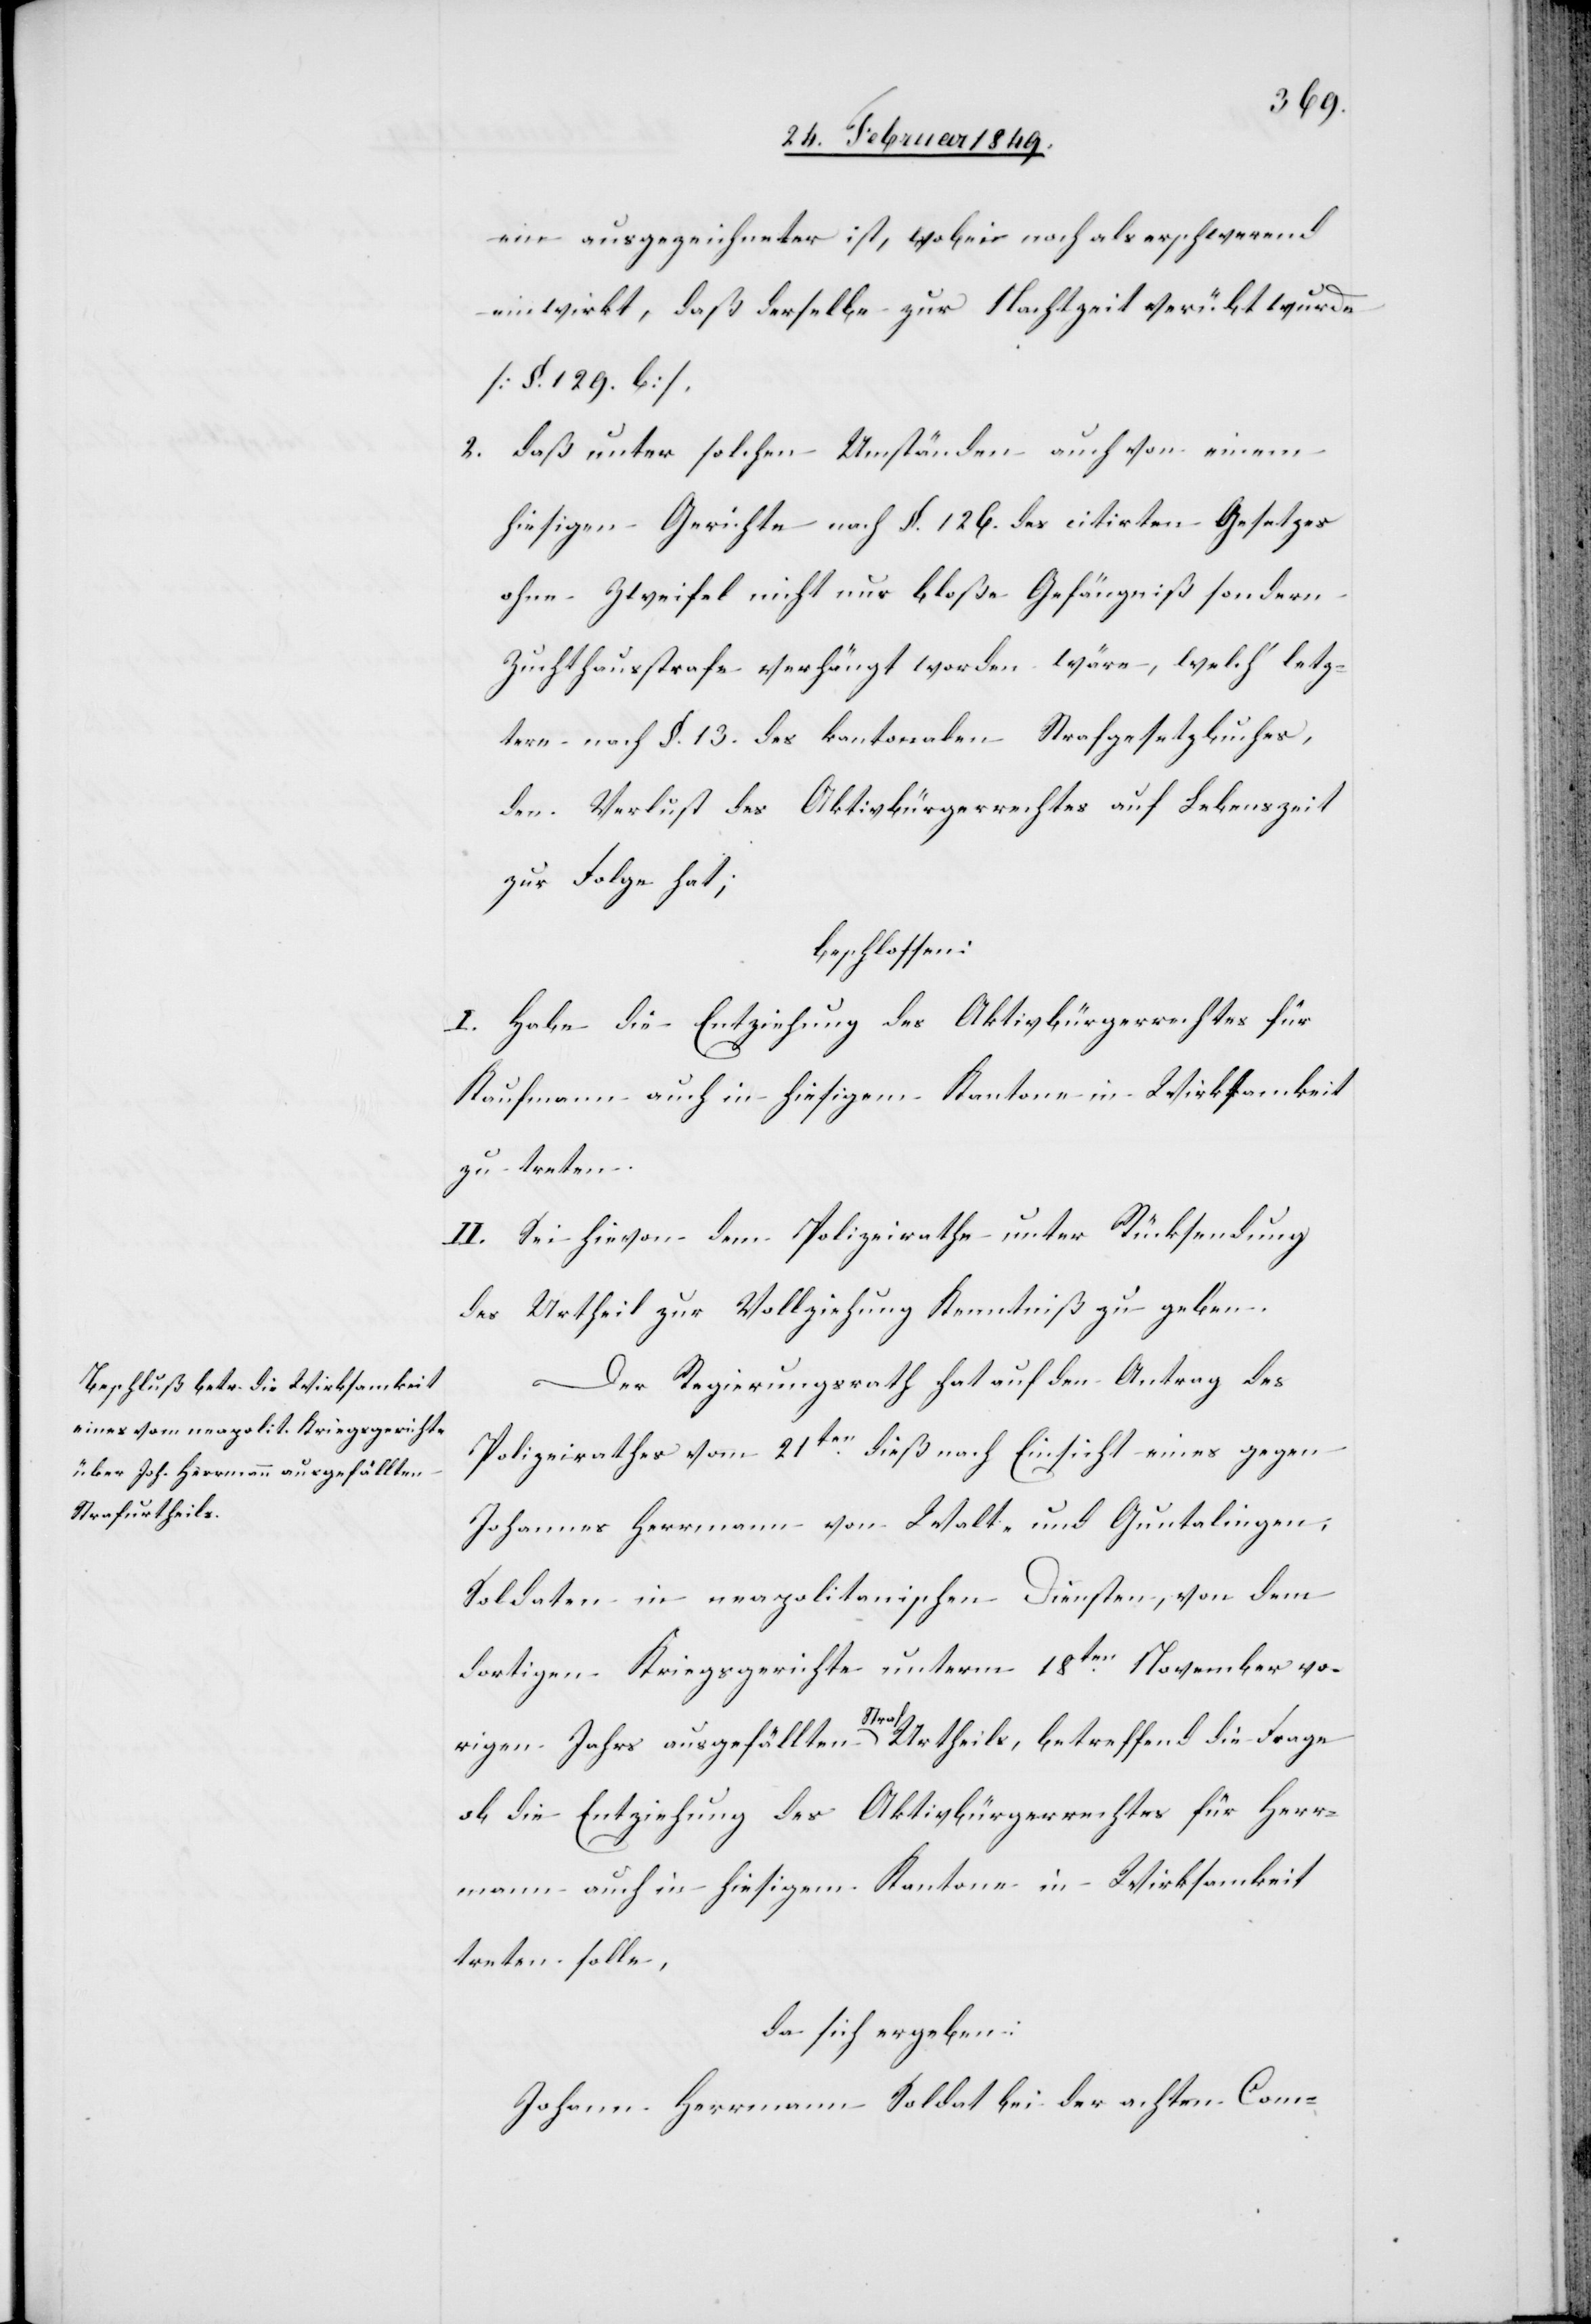
ein ausgezeichneter ist, wobei noch als erschwerend
einwirkt, daß derselbe zur Nachtzeit verübt wurde
[§. 129. b],
2. daß unter solchen Umständen auch von einem
hiesigen Gerichte nach §. 126. des citirten Gesetzes
ohne Zweifel nicht nur bloße Gefängniß sondern
Zuchthausstrafe verhängt worden wäre, welch’ letz¬
tere nach §. 13. des kantonalen Strafgesetzbuches,
den Verlust des Aktivbürgerrechtes auf Lebenszeit
zur Folge hat;
beschlossen:
I. Habe die Entziehung des Aktivbürgerrechtes für
Kaufmann auch in hiesigem Kantone in Wirksamkeit
zu treten.
II. Sei hievon dem Polizeirathe unter Rücksendung
des Urtheil[s] zur Vollziehung Kenntniß zu geben.
Der Regierungsrath hat auf den Antrag des
Polizeirathes vom 21ten. dieß nach Einsicht eines gegen
Johannes Herrmann von Walt- und Guntalingen,
Soldaten in neapolitanischen Diensten, von dem
dortigen Kriegsgerichte unterm 18ten. November vo¬
rigen Jahrs ausgefällten Strafurtheils, betreffend die Frage
ob die Entziehung des Aktivbürgerrechtes für Herr¬
mann auch in hiesigem Kantone in Wirksamkeit
treten solle,
da sich ergeben:
Johann Herrmann Soldat bei der achten Com-